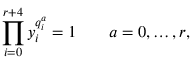
\prod _ { i = 0 } ^ { r + 4 } y _ { i } ^ { q _ { i } ^ { a } } = 1 \qquad a = 0 , \ldots , r ,